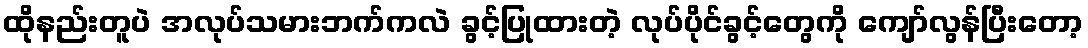
ထိုနည်းတူပဲ အလုပ်သမားဘက်ကလဲ ခွင့်ပြုထားတဲ့ လုပ်ပိုင်ခွင့်တွေကို ကျော်လွန်ပြီးတော့